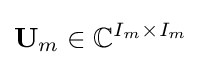
{\bf {U}}_{m}\in \mathbb {C} ^{I_{m}\times I_{m}}